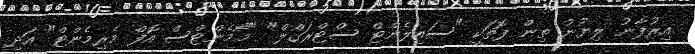
އިރުފާނު ލިޔުނު ތިން ފޮތަކީ "ސައިލެންޓް ސްޓްރަގްލް" "މޯމެންޓްސް އޮފް މެރިމެންޓް" އަދި